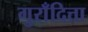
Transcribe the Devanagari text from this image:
गुराँदित्ता